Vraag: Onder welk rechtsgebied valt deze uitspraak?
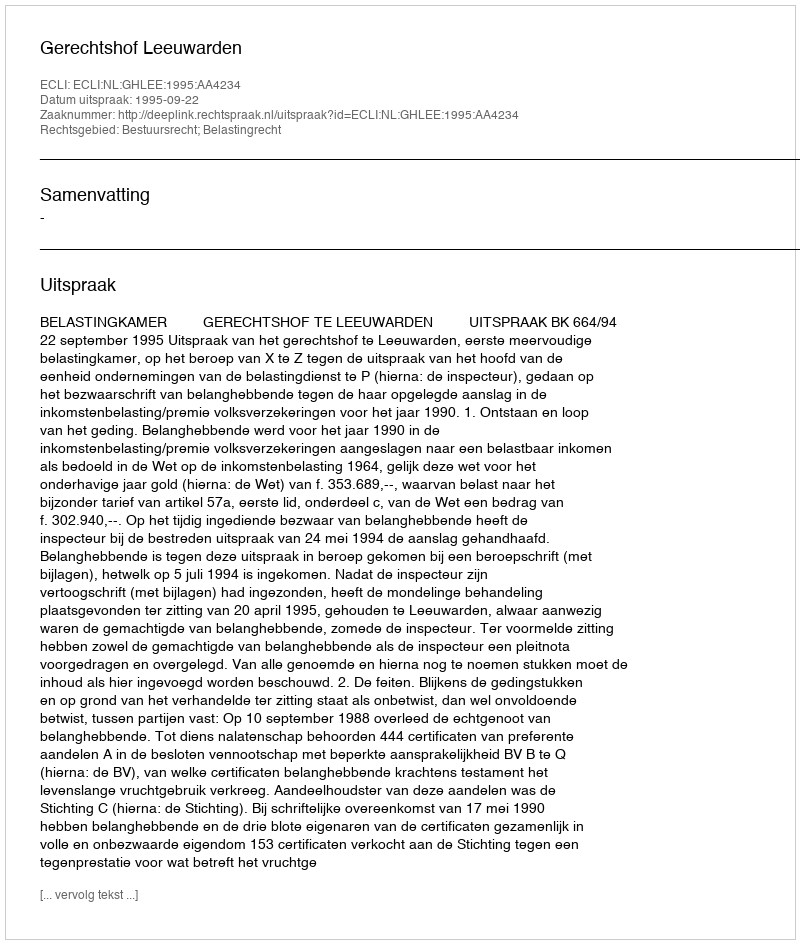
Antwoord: Bestuursrecht; Belastingrecht